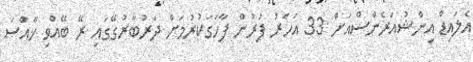
އެލައިޑް އިންޝުއަރެންސްއަށް 33 އަހަރު ފުރުން ފާހަގަކުރުމަށް ދަރުބާރުގޭގައި ރޭ ބޭއްވި ޚާއްސަ